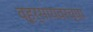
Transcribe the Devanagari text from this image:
व्हर्सायवरच्या